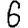
Digit: 6